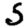
Digit: 5